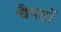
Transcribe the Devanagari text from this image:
चैपडों